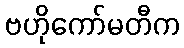
ဗဟိုကော်မတီက